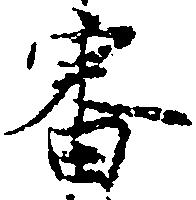
審